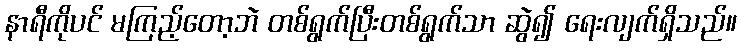
နာရီကိုပင် မကြည့်တော့ဘဲ တစ်ရွက်ပြီးတစ်ရွက်သာ ဆွဲ၍ ရေးလျက်ရှိသည်။